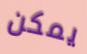
يمكن